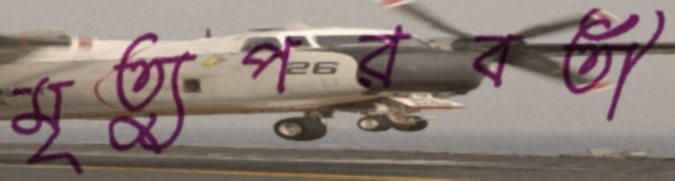
মৃত্যুপরবর্তী